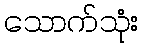
သောက်သုံး